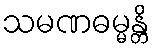
သမဏဓမ္မန္တိ